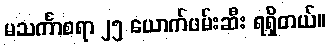
မသင်္ကာစရာ ၂၅ ယောက်ဖမ်းဆီး ရရှိတယ်။